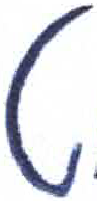
אות: ט